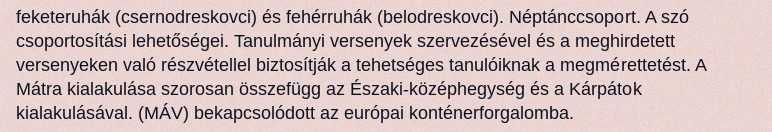
feketeruhák (csernodreskovci) és fehérruhák (belodreskovci). Néptánccsoport. A szó csoportosítási lehetőségei. Tanulmányi versenyek szervezésével és a meghirdetett versenyeken való részvétellel biztosítják a tehetséges tanulóiknak a megmérettetést. A Mátra kialakulása szorosan összefügg az Északi-középhegység és a Kárpátok kialakulásával. (MÁV) bekapcsolódott az európai konténerforgalomba.